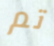
تم